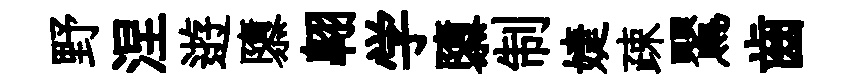
野涅逰隳翺学隳制婕疎鸎齒